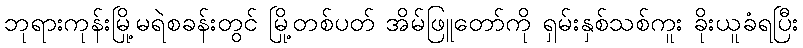
ဘုရားကုန်းမြို့မရဲစခန်းတွင် မြို့တစ်ပတ် အိမ်ဖြူတော်ကို ရှမ်းနှစ်သစ်ကူး ခိုးယူခံရပြီး